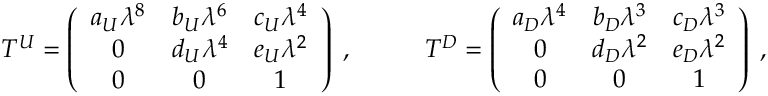
T ^ { U } = \left( \begin{array} { c c c } { { a _ { U } \lambda ^ { 8 } } } & { { b _ { U } \lambda ^ { 6 } } } & { { c _ { U } \lambda ^ { 4 } } } \\ { { 0 } } & { { d _ { U } \lambda ^ { 4 } } } & { { e _ { U } \lambda ^ { 2 } } } \\ { { 0 } } & { { 0 } } & { { 1 } } \end{array} \right) \; , \; \; \; \; \; \; \; \; \; \; T ^ { D } = \left( \begin{array} { c c c } { { a _ { D } \lambda ^ { 4 } } } & { { b _ { D } \lambda ^ { 3 } } } & { { c _ { D } \lambda ^ { 3 } } } \\ { { 0 } } & { { d _ { D } \lambda ^ { 2 } } } & { { e _ { D } \lambda ^ { 2 } } } \\ { { 0 } } & { { 0 } } & { { 1 } } \end{array} \right) \; ,